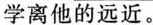
了改变球的_____；汽车的发动机选用水作冷却剂，主要是由于